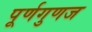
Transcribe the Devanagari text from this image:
पूर्णगुणज